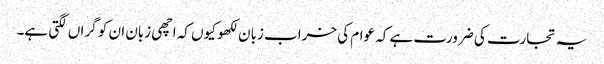
یہ تجارت کی ضرورت ہے کہ عوام کی خراب زبان لکھو کیوں کہ اچھی زبان ان کو گراں لگتی ہے۔